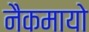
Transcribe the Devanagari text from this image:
नैकमायो